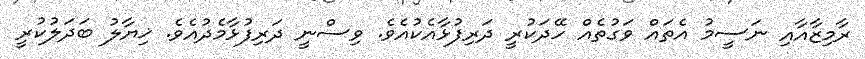
ރާމިޒާއާއި ނަސީމު އެތައް ވަގުތެއް ހޭދަކުރީ ދަރިފުޅާއެކުއެވެ. ވިސްނީ ދަރިފުޅާމެދުއެވެ. ޚިޔާލު ބަދަލުކުރީ